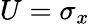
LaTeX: U=\sigma_{x}